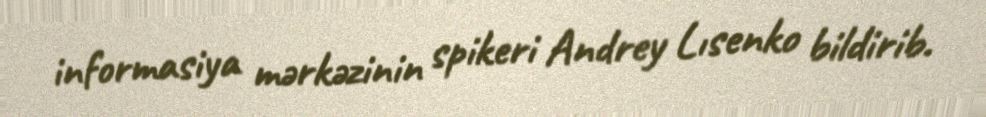
informasiya mərkəzinin spikeri Andrey Lısenko bildirib.